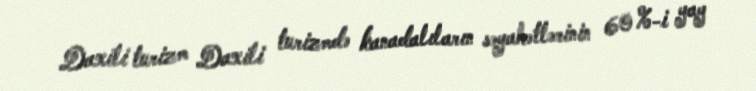
Daxili turizm Daxili turizmdə kanadalıların səyahətlərinin 60 %-i yay